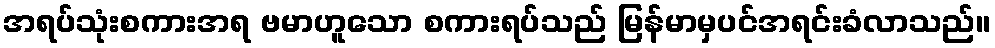
အရပ်သုံးစကားအရ ဗမာဟူသော စကားရပ်သည် မြန်မာမှပင်အရင်းခံလာသည်။